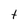
Character: t